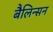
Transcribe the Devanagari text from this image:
बैलिन्सन